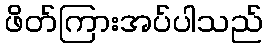
ဖိတ်ကြားအပ်ပါသည်